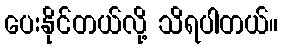
ပေးနိုင်တယ်လို့ သိရပါတယ်။